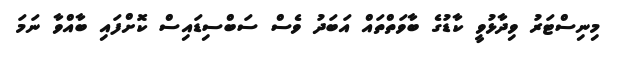
މިނިސްޓަރު ވިދާޅުވީ ކާޑުގެ ބާވަތްތައް އަބަދު ވެސް ސަބްސިޑައިސް ކޮށްފައި ބާއްވާ ނަމަ